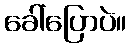
ခေါ်ပြောပဲ။